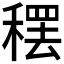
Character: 𫁂